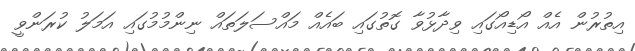
އިތުރުން އެއް އޯޑިއޯގައި ވިދާޅުވާ ގޮތުގައި ބައެއް މައްސަލަތައް ނިންމުމުގައި އަމަލު ކުރަންވީ